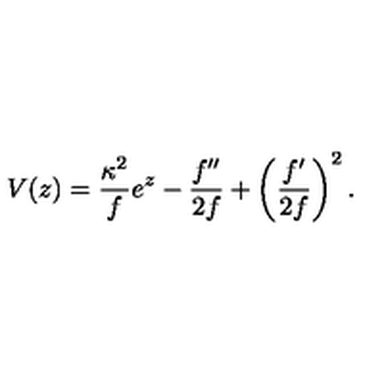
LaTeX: V ( z ) = \frac { { \kappa } ^ { 2 } } { f } e ^ { z } - \frac { f ^ { \prime \prime } } { 2 f } + \left( \frac { f ^ { \prime } } { 2 f } \right) ^ { 2 } .